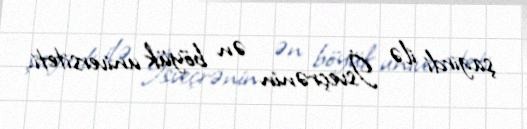
şagirdi ilə İsveçrənin ən böyük universiteti.